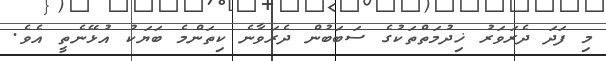
މި ފަދަ ދެރަވަރު ޚިދުމަތްތަކުގެ ސަބަބުން ދެރަވާނެ ކިތަންމެ ބަޔަކު އުޅޭނެތީ އެވެ.